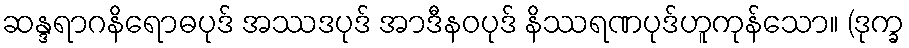
ဆန္ဒရာဂနိရောဓပုဒ် အဿဒပုဒ် အာဒီနဝပုဒ် နိဿရဏပုဒ်ဟူကုန်သော။ (ဒုက္ခ